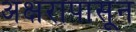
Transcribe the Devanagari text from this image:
अक्षरापासून